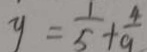
y = \frac { 1 } { 5 } + \frac { 4 } { 9 }